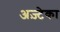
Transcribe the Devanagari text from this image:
अज़्टेका